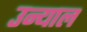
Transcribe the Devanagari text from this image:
उन्याल